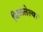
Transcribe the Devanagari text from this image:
खिळलेल्या